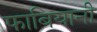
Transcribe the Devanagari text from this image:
फाबियानी